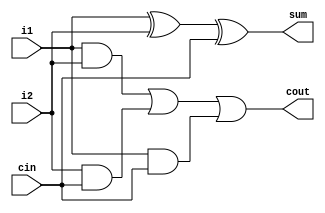
module fa (sum, cout, i1, i2, cin);
	
	input i1, i2, cin;
	output sum, cout;

	wire t1, t2, t3;

	xor x1(sum, i1, i2, cin);
	and a1(t1, i1, i2);
	and a2(t2, i2, cin);
	and a3(t3, i1, cin);
	or o1(cout, t1, t2, t3);

endmodule